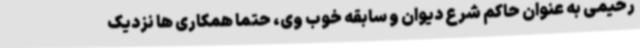
رحیمی به عنوان حاکم شرع دیوان و سابقه خوب وی، حتما همکاری ها نزدیک